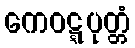
ကေဝဋ္ဋပုတ္တံ